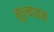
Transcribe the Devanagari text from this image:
मुल्यावन